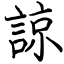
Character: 諒